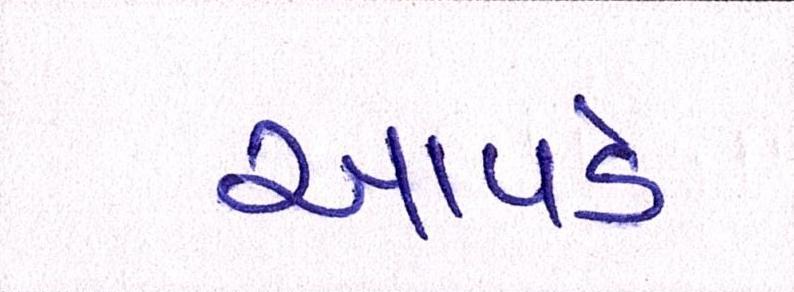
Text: આપડે